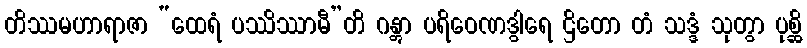
တိဿမဟာရာဇာ “ထေရံ ပဿိဿာမီ”တိ ဂန္တွာ ပရိဝေဏဒွါရေ ဌိတော တံ သဒ္ဒံ သုတွာ ပုစ္ဆိ